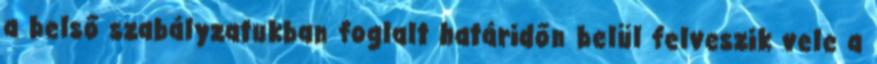
a belső szabályzatukban foglalt határidőn belül felveszik vele a